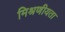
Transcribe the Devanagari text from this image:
मिश्रणीयता